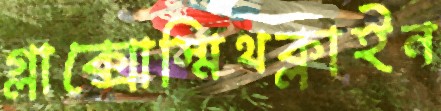
গ্লাক্সোস্মিথক্লাইন